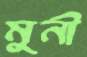
মুনী